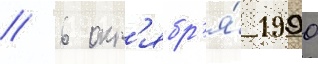
// 6 окт'ябр'я́ 1990